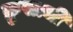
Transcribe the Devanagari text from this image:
क्रुसाची